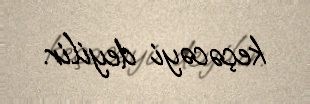
keçəcəyi deyilir.